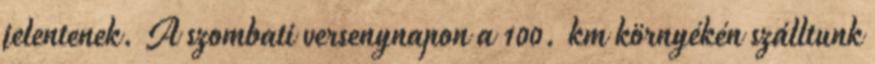
jelentenek. A szombati versenynapon a 100. km környékén szálltunk